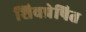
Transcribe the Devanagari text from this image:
शिवप्रेषित